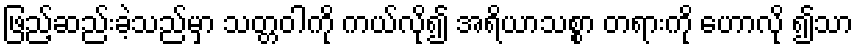
ဖြည့်ဆည်းခဲ့သည်မှာ သတ္တဝါကို ကယ်လို၍ အရိယာသစ္စာ တရားကို ဟောလို ၍သာ